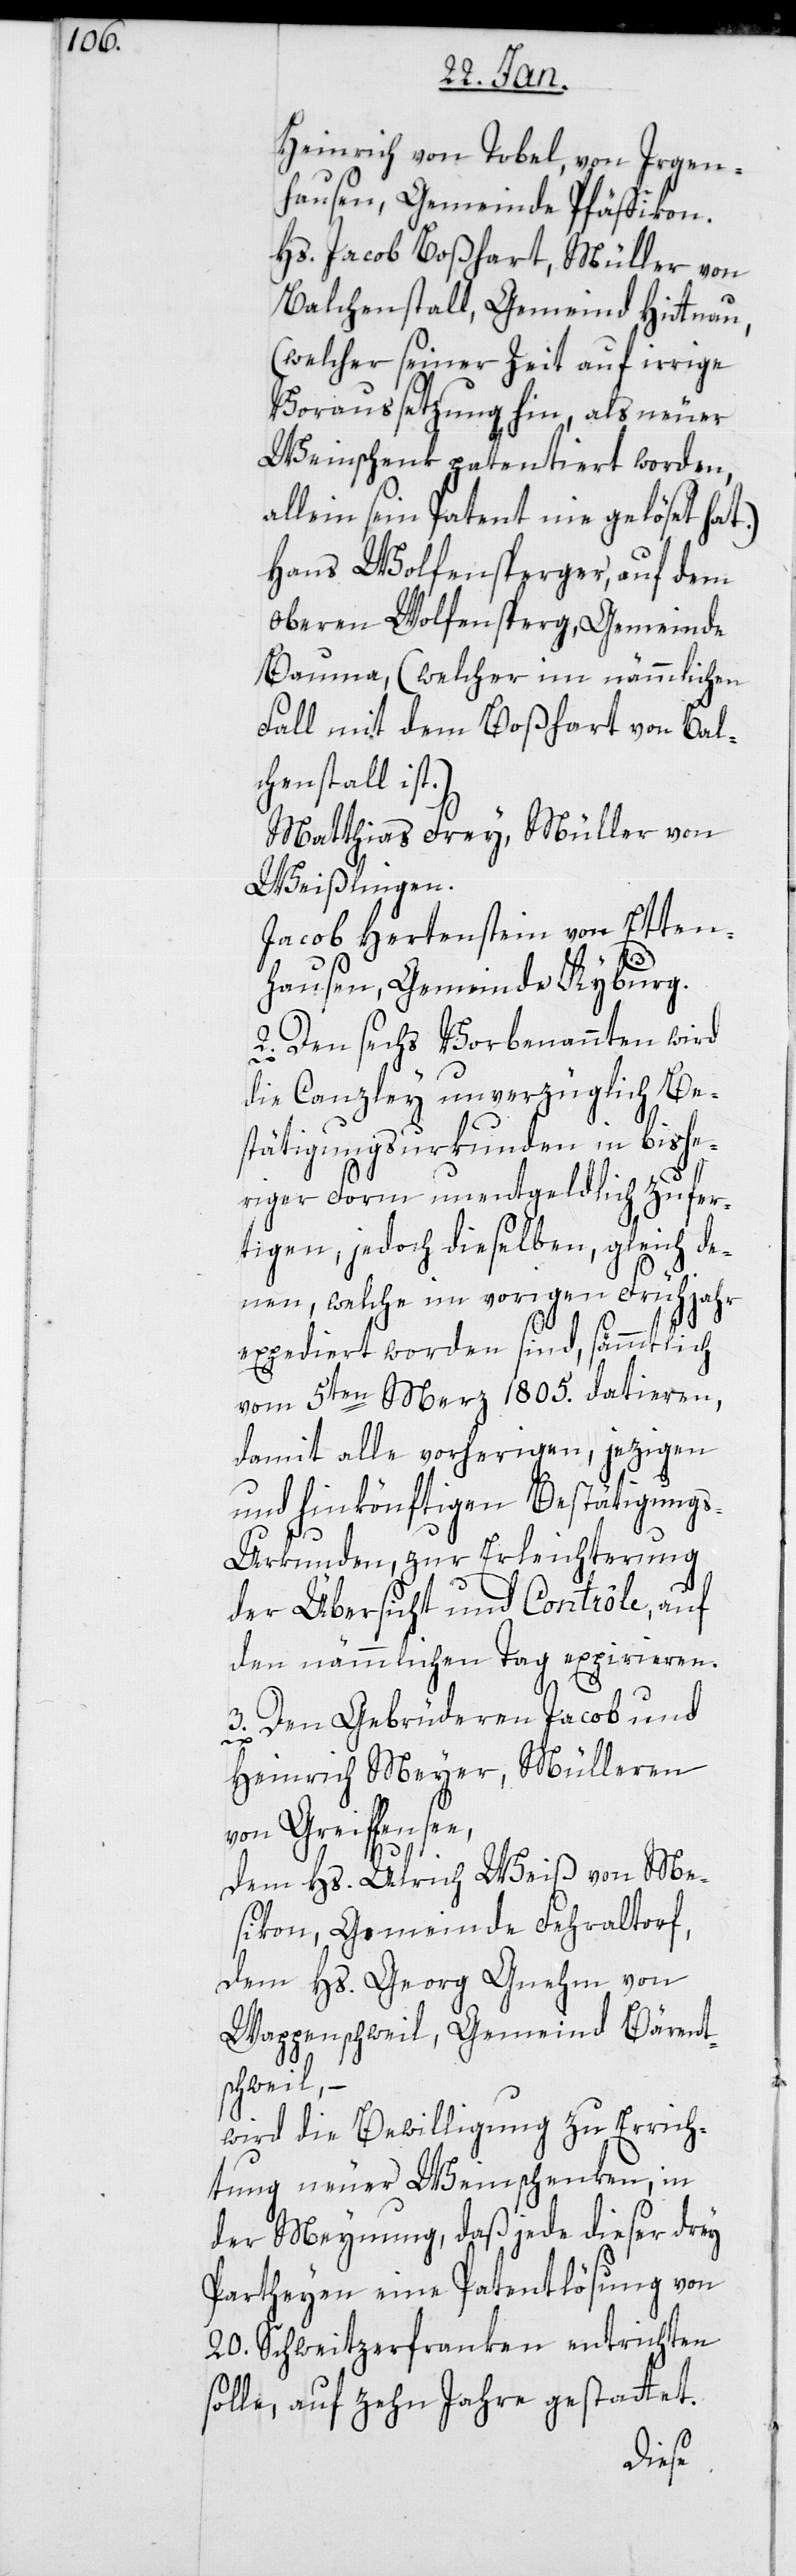
Heinrich von Tobel, von Irgen¬
hausen, Gemeinde Pfäffikon.
Hs. Jacob Boßhart, Müller von
Balchenstall, Gemeinde Hittnau
(welcher seiner Zeit auf irrige
Voraussetzung hin, als neuer
Weinschenk patentiert worden,
allein sein Patent nie gelöset hat.)
Hans Wolfensperger, auf dem
oberen Wolfensperg, Gemeinde
Bauma, (welcher im nämmlichen
Fall mit dem Boßhart von Bal¬
chenstall ist.)
Matthias Frey, Müller von
Weißlingen.
Jacob Hertenstein von Etten¬
hausen, Gemeinde Kyburg.
2. Den sechs Vorbenannten wird
die Canzley unverzüglich Be¬
stätigungsurkunden in bishe¬
riger Form unentgeldlich zufer¬
tigen, jedoch dieselben, gleich de¬
nen, welche im vorigen Frühjahr
expediert worden sind, sämmtlich
vom 5ten März 1805. datieren,
damit alle vorherigen, jezigen
und hinkönftigen Bestätigung¬
s-Urkunden, zur Erleichterung
der Übersicht und Contrôle, auf
den nämmlichen Tag expirieren.
3. Den Gebrüderen Jacob und
Heinrich Meyer, Mülleren
von Greiffensee,
dem Hs. Ulrich Weiß von Me¬
sikon, Gemeinde Fehraltorf,
dem Hs. Georg Gnehm von
Wappenschweil, Gemeind Bäret¬
schweil; –
wird die Bewilligung zu Errich¬
tung neuer Weinschenken, in
der Meinung, daß jede dieser drey
Partheyen eine Patentlösung von
20 Schweitzerfranken entrichten
solle, auf zehn Jahre gestattet.